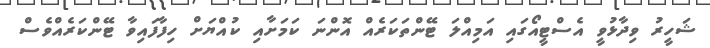
ޝަހީރު ވިދާޅުވީ އެސްޓީއޯގައި އަމިއްލަ ޓޭންތަކަރެއް އޮންނަ ކަމަށާއި ކުއްޔަށް ހިފާފައިވާ ޓޭންކަރެއްވެސް